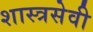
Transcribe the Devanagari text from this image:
शास्त्रसेवी